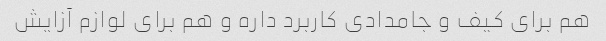
هم برای کیف و جامدادی کاربرد داره و هم برای لوازم آزایش